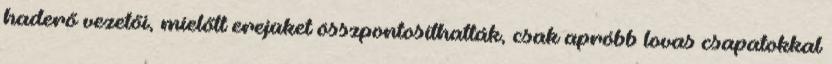
haderő vezetői, mielőtt erejüket összpontosíthatták, csak apróbb lovas csapatokkal